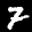
Label: 7